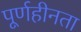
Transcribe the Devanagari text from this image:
पूर्णहीनता